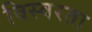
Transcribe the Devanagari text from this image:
विस्वरता